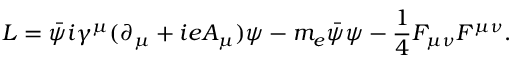
{ \cal L } = \bar { \psi } i \gamma ^ { \mu } ( \partial _ { \mu } + i e A _ { \mu } ) \psi - m _ { e } { \bar { \psi } } \psi - { \frac { 1 } { 4 } } F _ { \mu \nu } F ^ { \mu \nu } .